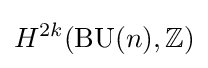
H^{2k}(\operatorname {BU} (n),\mathbb {Z} )